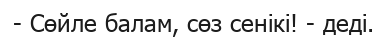
- Сөйле балам, сөз сенікі! - деді.